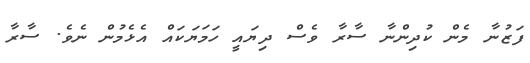
ފަޒުނާ މެން ކުދިންނާ ސާރާ ވެސް ދިޔައީ ހަމަޔަކައް އެޅެމުން ނެވެ. ސާރާ